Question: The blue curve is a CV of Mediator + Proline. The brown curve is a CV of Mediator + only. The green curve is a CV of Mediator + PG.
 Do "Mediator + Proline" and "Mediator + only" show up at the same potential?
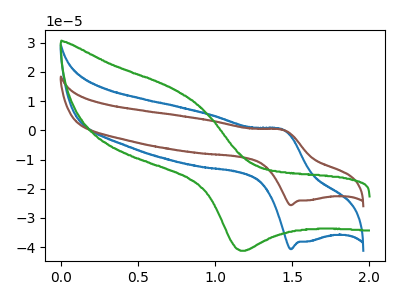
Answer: <think>The blue curve "Mediator + Proline" has an anodic peak at (1.45V, 0.40uA) and a cathodic peak at (1.50V, -40.70uA). The brown curve "Mediator + only" has an anodic peak at (1.45V, 0.25uA) and a cathodic peak at (1.50V, -25.65uA). The green curve "Mediator + PG" has an anodic peak at (0.75V, 13.90uA) and a cathodic peak at (1.20V, -41.25uA).
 All the peaks in "Mediator + Proline" have a peak in "Mediator + only" at the same potential. Every peak in "Mediator + Proline" is higher than every peak in "Mediator + only".</think>
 <answer>"Mediator + Proline" and "Mediator + only" are similar in shape.</answer>
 <eval>same_shape</eval>